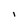
Character: I